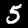
Digit: 5